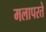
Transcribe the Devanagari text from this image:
मलापरते